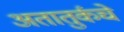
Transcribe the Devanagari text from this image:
अतातुर्कचे